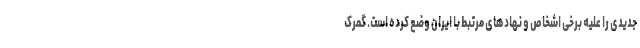
جدیدی را علیه برخی اشخاص و نهادهای مرتبط با ایران وضع کرده است. گمرک